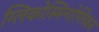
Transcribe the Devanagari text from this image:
ग्लिकोस्मिन्गोग्लिकंस